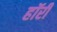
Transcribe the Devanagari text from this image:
हॉरी